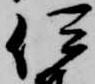
伊